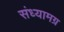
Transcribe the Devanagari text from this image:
संध्यामग्र